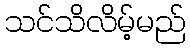
သင်သိလိမ့်မည်